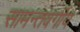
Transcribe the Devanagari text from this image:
सामन्तवर्गीय